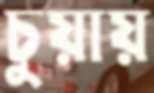
চুয়ায়